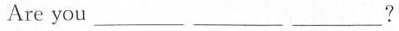
Are you___?